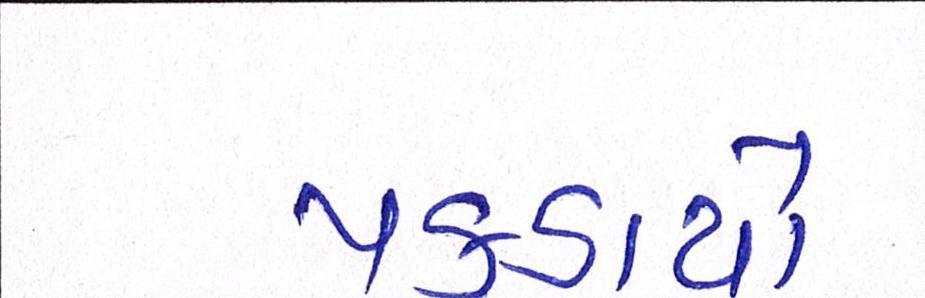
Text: પકડાયો